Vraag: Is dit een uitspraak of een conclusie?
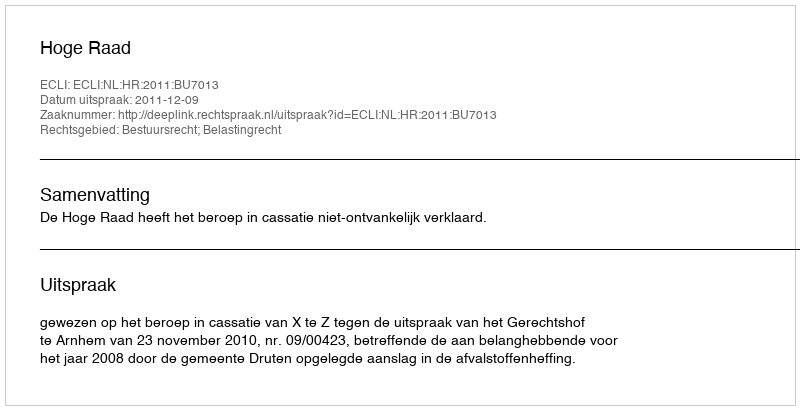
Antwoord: Uitspraak